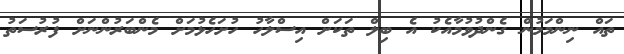
ތައް ނިންމަމުން ގެންދުވުމާއެކު އެ ބިލް ތަކަށް އިސްލާހު ހުށަހެޅުމަށް މެންބަރުންނަށް ފުރުސަތު